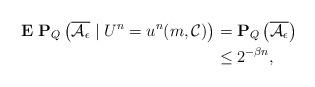
LaTeX: \begin{align*} \mathbf{E} \; \mathbf{P}_Q \left( \overline{{\cal A}_{\epsilon}} \; | \; U^n = u^n(m, {\cal C}) \right) &= \mathbf{P}_Q \left( \overline{{\cal A}_{\epsilon}} \right) \\ &\leq 2^{-\beta n}, \end{align*}